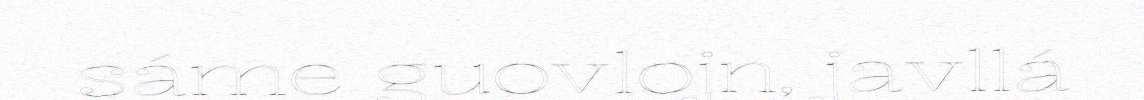
sáme guovlojn, javllá